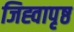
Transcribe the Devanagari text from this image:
जिह्वापृष्ठ